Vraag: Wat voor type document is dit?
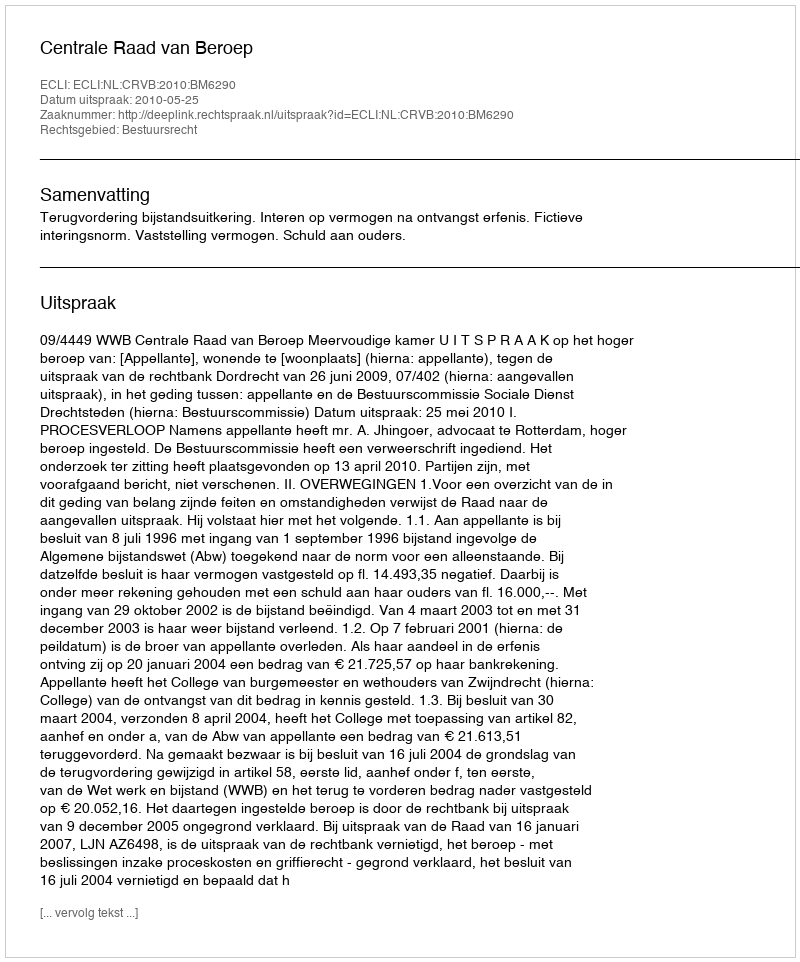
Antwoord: Uitspraak